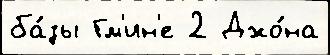
ба́зы Гм'ин'е 2 Джо́на